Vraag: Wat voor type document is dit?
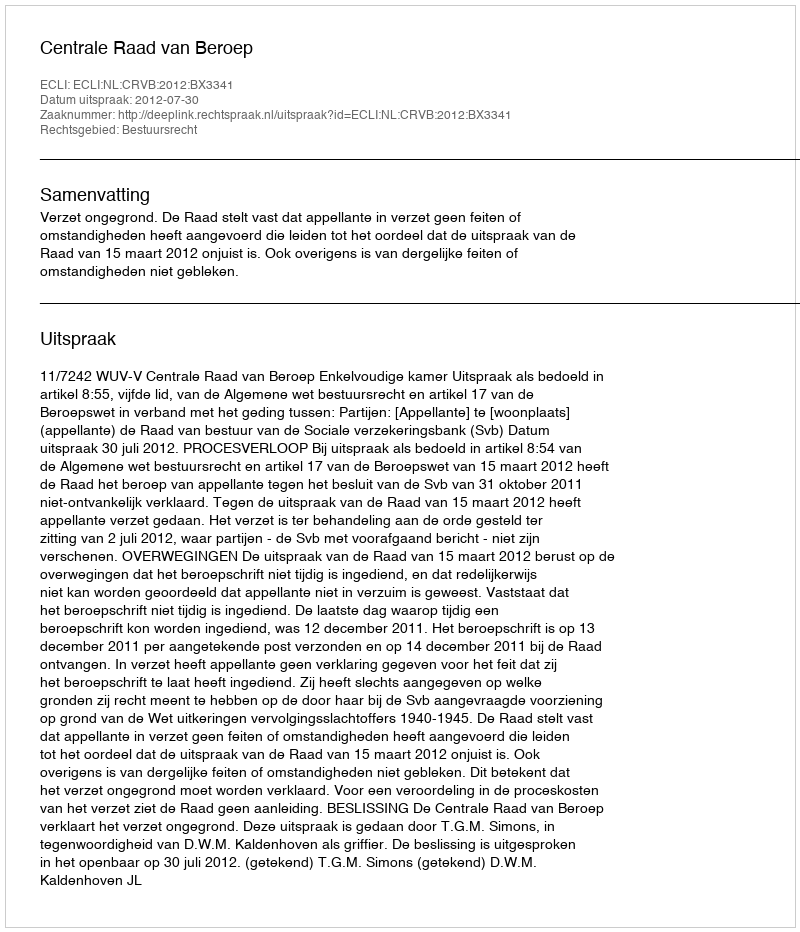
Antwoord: Uitspraak